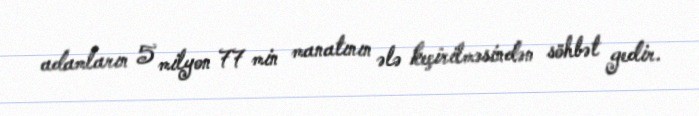
adamların 5 milyon 77 min manatının ələ keçirilməsindən söhbət gedir.